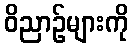
ဝိညာဉ်များကို